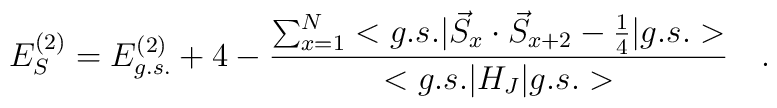
E_{S}^{(2)}=E_{g.s.}^{(2)}+4-\frac{\sum_{x=1}^{N}<g.s.|\vec{S}_{x}\cdot \vec{S}_{x+2}-\frac{1}{4}|g.s.>}{<g.s.|H_{J}|g.s.>}\quad .